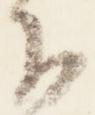
下